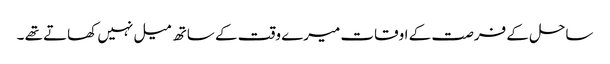
ساحل کے فرصت کے اوقات میرے وقت کے ساتھ میل نہیں کھاتے تھے ۔